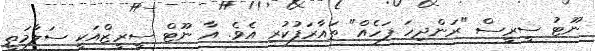
ނޫޓު ސީރީސް "ރަންދިހަ ފަހެއް" ތައާރަފުކުރި އެވެ. އާ ނޫޓް ސީރީޒްއަކީ ސަލާމަތީ